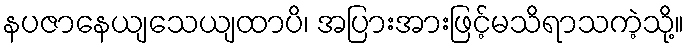
နပဇာနေယျသေယျထာပိ၊ အပြားအားဖြင့်မသိရာသကဲ့သို့။